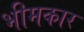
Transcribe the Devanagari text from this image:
भीमकार